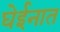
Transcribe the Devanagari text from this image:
घेईनात